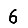
Digit: 6